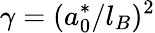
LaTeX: \gamma=(a_{0}^{*}/l_{B})^{2}